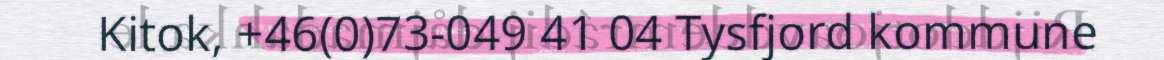
Kitok, +46(0)73-049 41 04 Tysfjord kommune